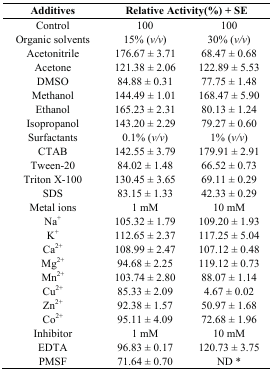
<table><thead><tr><td><b>Additives</b></td><td colspan="2"><b>Relative Activity(%) + SE</b></td></tr></thead><tbody><tr><td>Control</td><td>100</td><td>100</td></tr><tr><td>Organic solvents</td><td>15% (<i>v/v</i>)</td><td>30% (<i>v/v</i>)</td></tr><tr><td>Acetonitrile</td><td>176.67 ± 3.71</td><td>68.47 ± 0.68</td></tr><tr><td>Acetone</td><td>121.38 ± 2.06</td><td>122.89 ± 5.53</td></tr><tr><td>DMSO</td><td>84.88 ± 0.31</td><td>77.75 ± 1.48</td></tr><tr><td>Methanol</td><td>144.49 ± 1.01</td><td>168.47 ± 5.90</td></tr><tr><td>Ethanol</td><td>165.23 ± 2.31</td><td>80.13 ± 1.24</td></tr><tr><td>Isopropanol</td><td>143.20 ± 2.29</td><td>79.27 ± 0.60</td></tr><tr><td>Surfactants</td><td>0.1% (<i>v/v</i>)</td><td>1% (<i>v/v</i>)</td></tr><tr><td>CTAB</td><td>142.55 ± 3.79</td><td>179.91 ± 2.91</td></tr><tr><td>Tween-20</td><td>84.02 ± 1.48</td><td>66.52 ± 0.73</td></tr><tr><td>Triton X-100</td><td>130.45 ± 3.65</td><td>69.11 ± 0.29</td></tr><tr><td>SDS</td><td>83.15 ± 1.33</td><td>42.33 ± 0.29</td></tr><tr><td>Metal ions</td><td>1 mM</td><td>10 mM</td></tr><tr><td>Na<sup>+</sup></td><td>105.32 ± 1.79</td><td>109.20 ± 1.93</td></tr><tr><td>K<sup>+</sup></td><td>112.65 ± 2.37</td><td>117.25 ± 5.04</td></tr><tr><td>Ca<sup>2+</sup></td><td>108.99 ± 2.47</td><td>107.12 ± 0.48</td></tr><tr><td>Mg<sup>2+</sup></td><td>94.68 ± 2.25</td><td>119.12 ± 0.73</td></tr><tr><td>Mn<sup>2+</sup></td><td>103.74 ± 2.80</td><td>88.07 ± 1.14</td></tr><tr><td>Cu<sup>2+</sup></td><td>85.33 ± 2.09</td><td>4.67 ± 0.02</td></tr><tr><td>Zn<sup>2+</sup></td><td>92.38 ± 1.57</td><td>50.97 ± 1.68</td></tr><tr><td>Co<sup>2+</sup></td><td>95.11 ± 4.09</td><td>72.68 ± 1.96</td></tr><tr><td>Inhibitor</td><td>1 mM</td><td>10 mM</td></tr><tr><td>EDTA</td><td>96.83 ± 0.17</td><td>120.73 ± 3.75</td></tr><tr><td>PMSF</td><td>71.64 ± 0.70</td><td>ND *</td></tr></tbody></table>